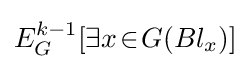
E_{G}^{k-1}[\exists x\!\in \!G(Bl_{x})]